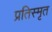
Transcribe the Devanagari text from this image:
प्रतिस्मृत